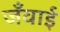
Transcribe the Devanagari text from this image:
जँवाई